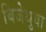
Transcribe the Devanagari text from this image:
बिजेथुवा